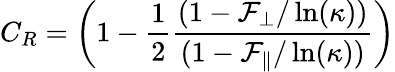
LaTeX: C_{R}=\left(1-\frac{1}{2}\frac{(1-\mathcal{F}_{\perp}/\ln(\kappa))}{(1-\mathcal{F}_{\parallel}/\ln(\kappa))}\right)